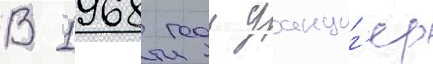
В 1968 году данциг'ер